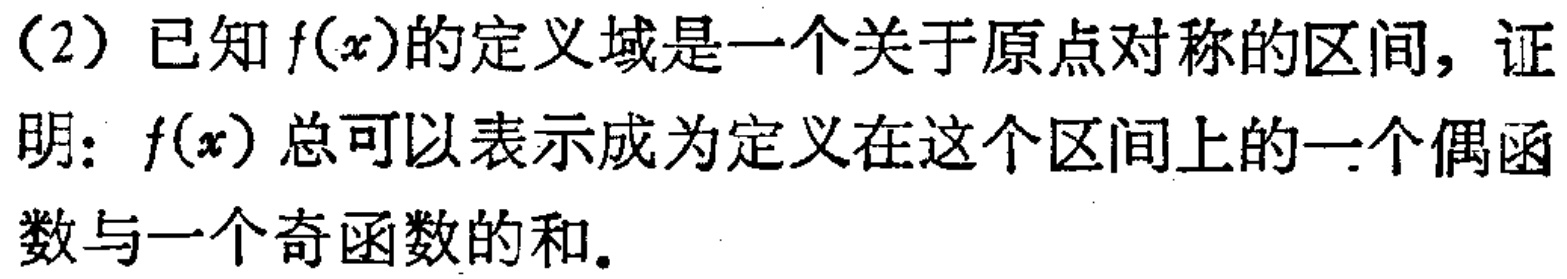
（2）已知\(f(x)\)的定义域是一个关于原点对称的区间，证明：\(f(x)\)总可以表示成为定义在这个区间上的一个偶函数与一个奇函数的和。